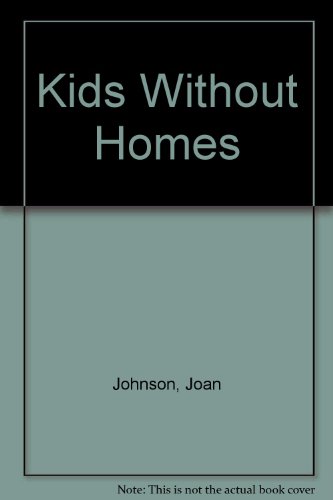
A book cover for Kids Without Homes; Joan J. Johnson; Teen & Young Adult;